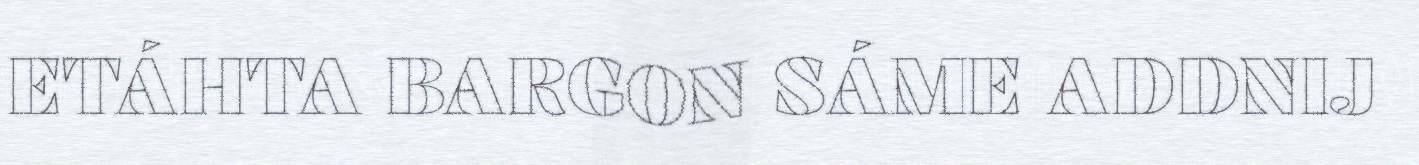
ETÁHTA BARGON SÁME ADDNIJ